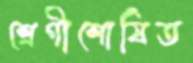
শ্রেণীশোষিত